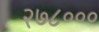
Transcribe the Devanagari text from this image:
२७८०००